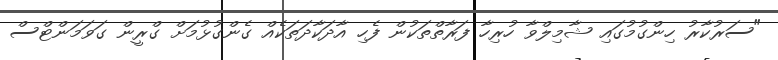
"ސަރުކާރު ހިންގުމުގައި ޝާމިލްވާ ހުރިހާ ފަރާތްތަކުން ފެހި އާދަކާދަތަކެއް ގެންގުޅުމަށް ގްރީން ގަވަމަންޓްސް